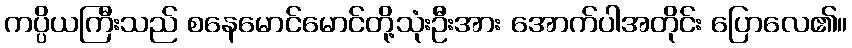
ကပ္ပိယကြီးသည် စနေမောင်မောင်တို့သုံးဦးအား အောက်ပါအတိုင်း ပြောလေ၏။